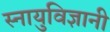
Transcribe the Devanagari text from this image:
स्नायुविज्ञानी